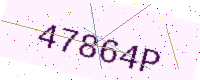
Text: 47864P